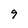
Character: 9